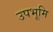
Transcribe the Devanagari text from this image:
उपभूमि